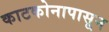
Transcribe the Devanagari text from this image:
काटकोनापासून